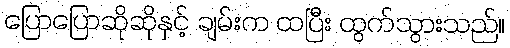
ပြောပြောဆိုဆိုနှင့် ချမ်းက ထပြီး ထွက်သွားသည်။